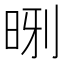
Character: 𪰝